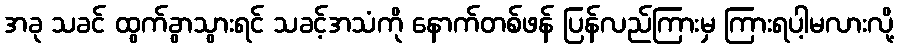
အခု သခင် ထွက်ခွာသွားရင် သခင့်အသံကို နောက်တစ်ဖန် ပြန်လည်ကြားမှ ကြားရပါ့မလားလို့